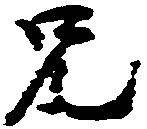
兄